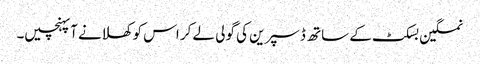
نمکین بسکٹ کے ساتھ ڈسپرین کی گولی لے کر اس کو کھلانے آپہنچیں۔